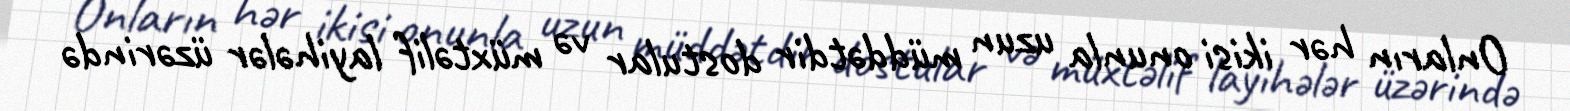
Onların hər ikisi onunla uzun müddətdir dostular və müxtəlif layihələr üzərində